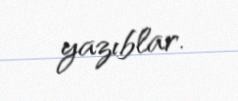
yazıblar.